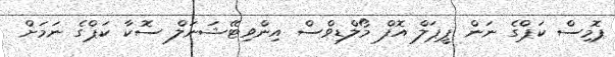
ޕޮމިސް ކަޕްގެ ނަން ޕީޕަލް އޮފް މޯލްޑިވްސް އިންވިޓޭޝަނަލް ސޮކާ ކަޕްގެ ނަމަށް